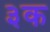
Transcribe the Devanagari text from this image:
३क